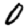
Digit: 0